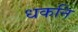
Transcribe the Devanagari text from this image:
धकनि